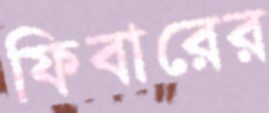
ফিবারের